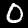
Label: 0